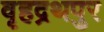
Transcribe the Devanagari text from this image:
वृहद्रथपुर